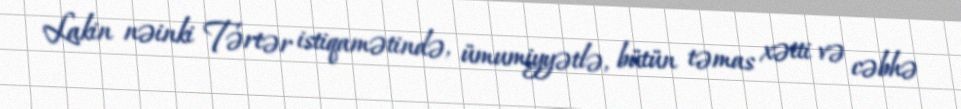
Lakin nəinki Tərtər istiqamətində, ümumiyyətlə, bütün təmas xətti və cəbhə